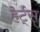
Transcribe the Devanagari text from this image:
हेर्ट्‌स